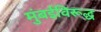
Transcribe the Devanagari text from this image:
मुंबईविरूद्ध